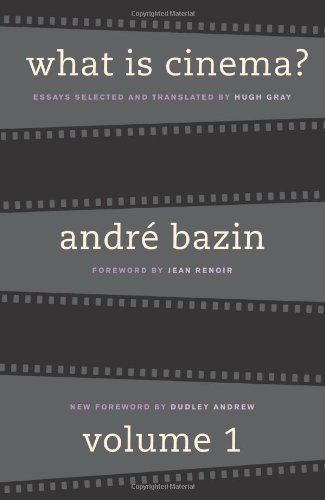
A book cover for What Is Cinema? Vol. 1; Andre Bazin; Humor & Entertainment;